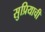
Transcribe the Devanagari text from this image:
सुप्रियाची